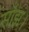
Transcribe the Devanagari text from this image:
साँझ।